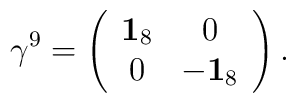
\gamma^9=\left(\begin{array}{cc}{\bf 1}_{8} & 0\\0 & -{\bf 1}_{8} \end{array}\right).